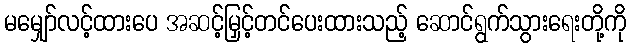
မမျှော်လင့်ထားပေ အဆင့်မြှင့်တင်ပေးထားသည့် ဆောင်ရွက်သွားရေးတို့ကို